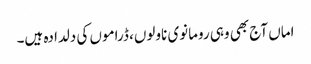
اماں آج بھی وہی رومانوی ناولوں، ڈراموں کی دلدادہ ہیں۔